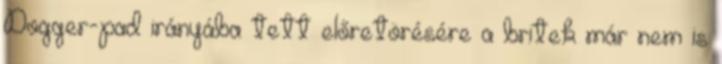
Dogger-pad irányába tett előretörésére a britek már nem is